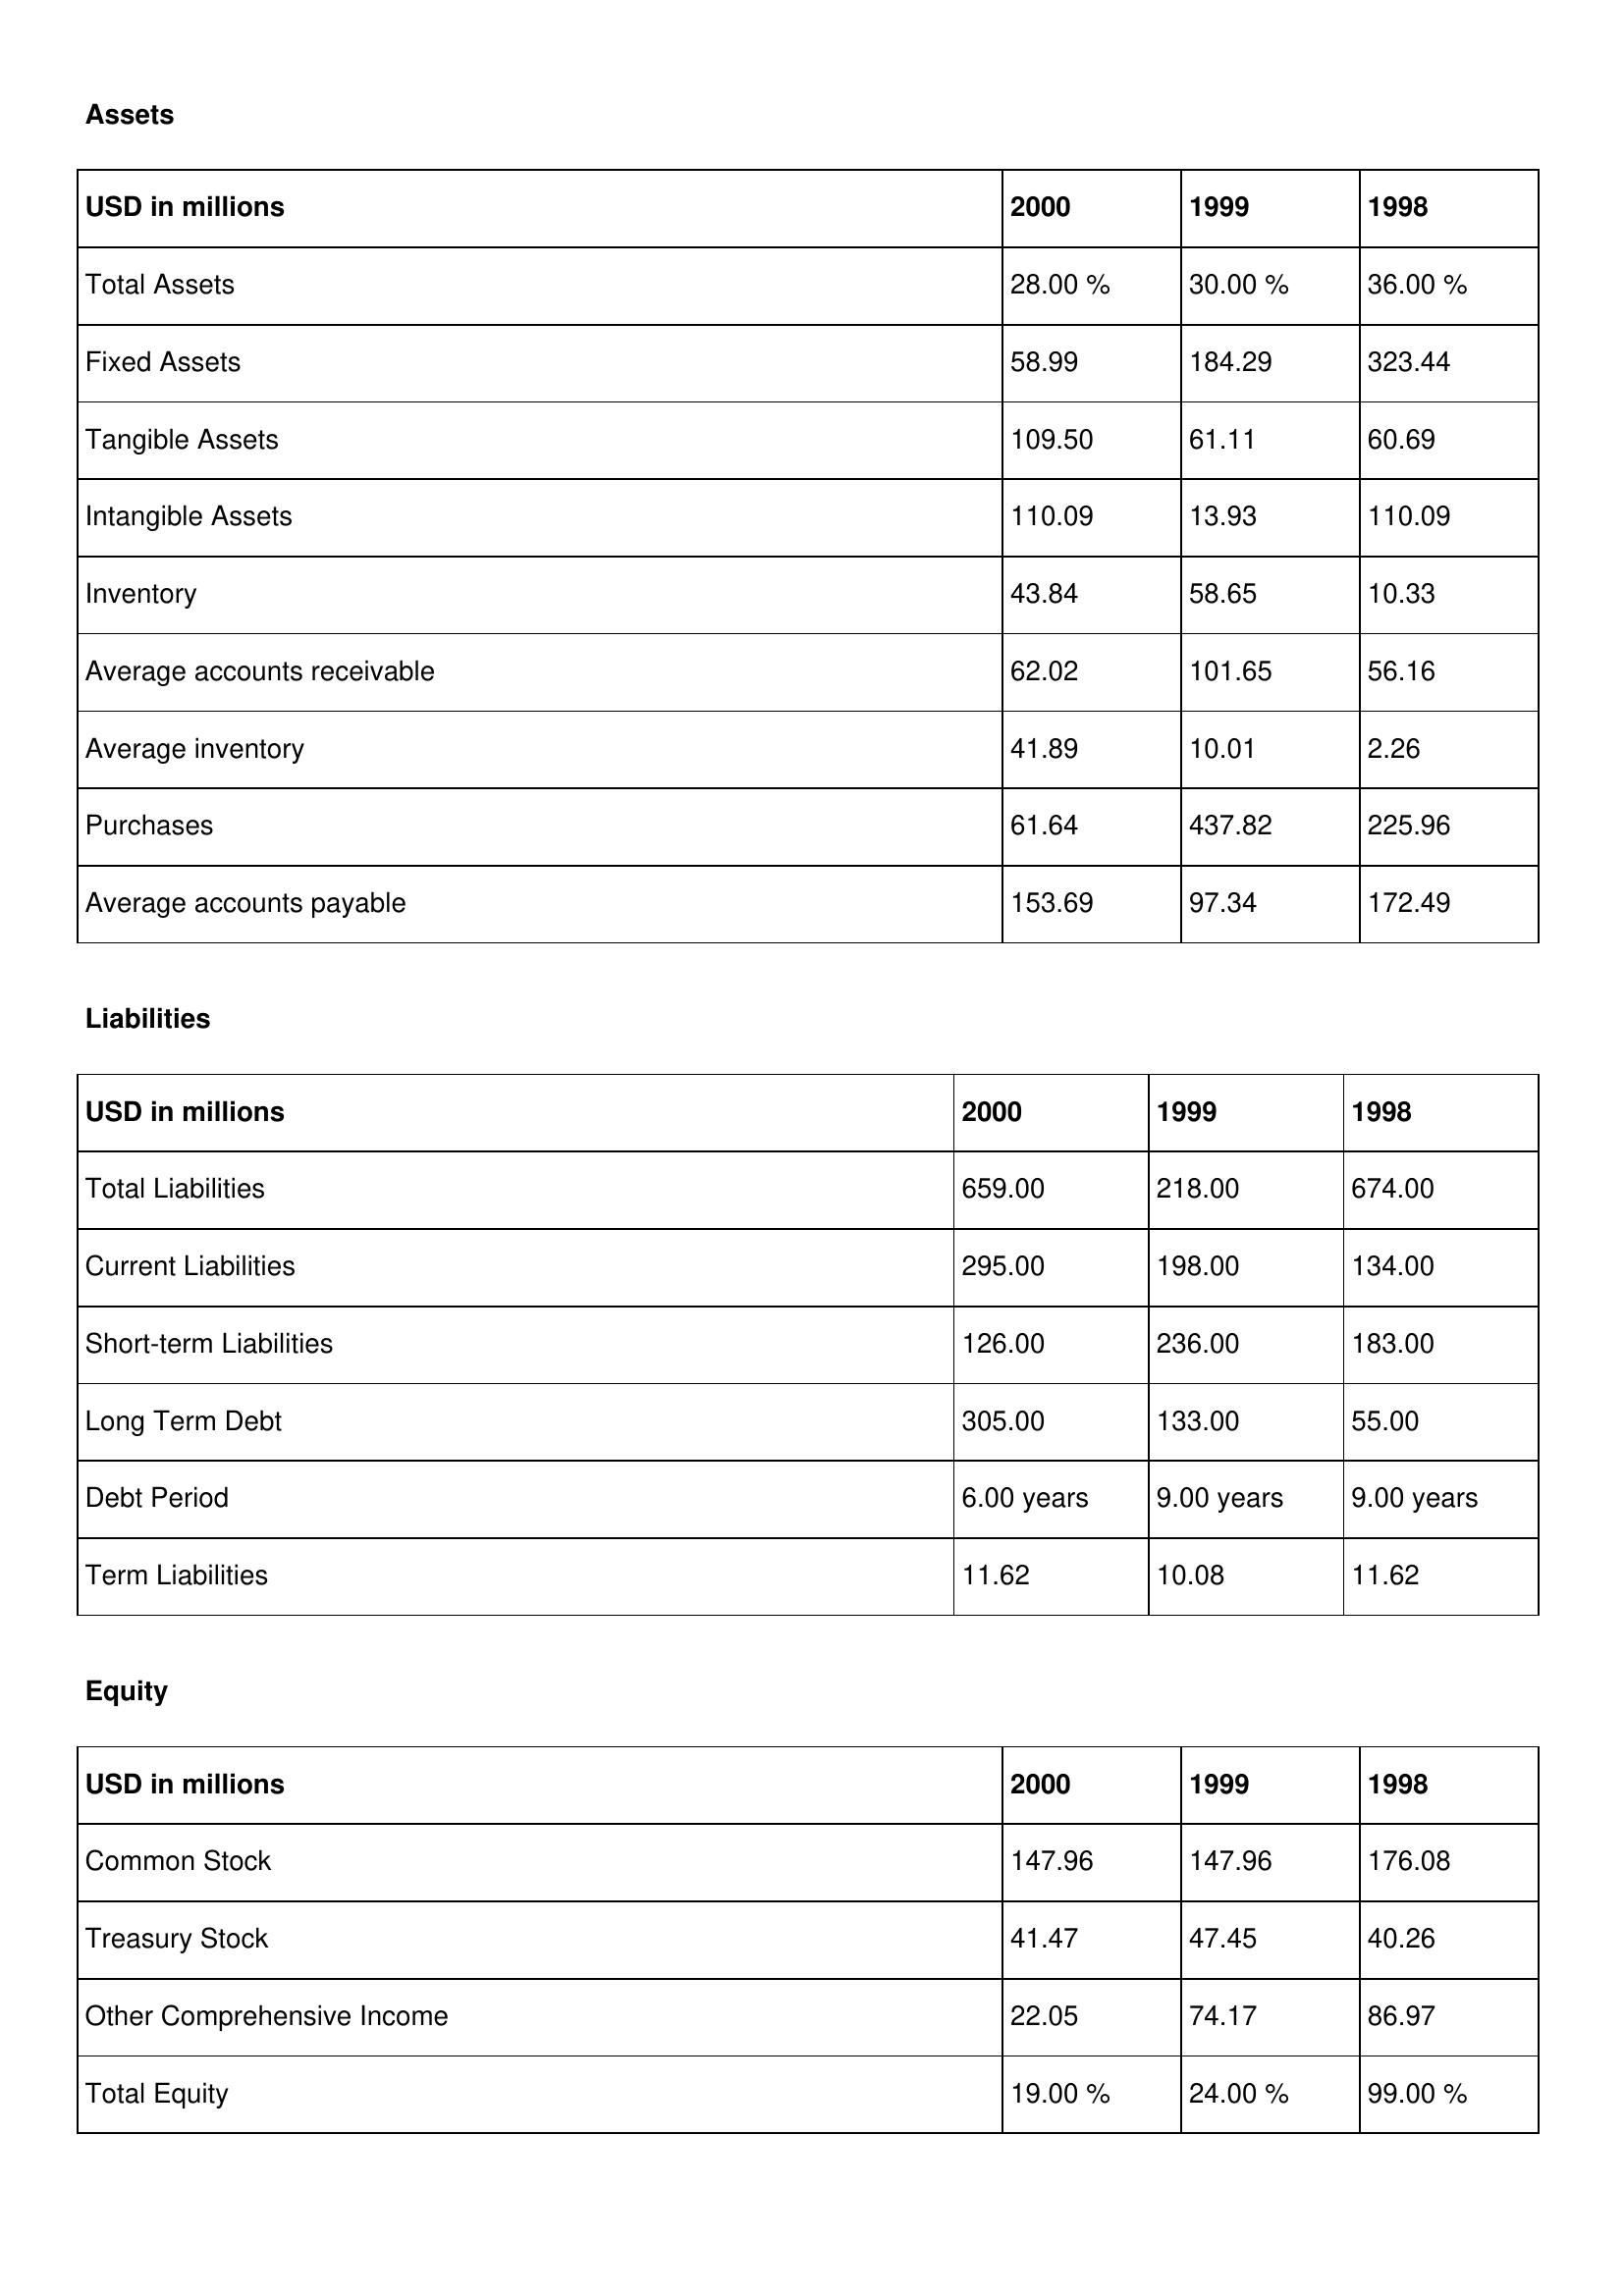
gt_parse: 2000: Assets: Total Assets: 28.00 %
Fixed Assets: 58.99
Tangible Assets: 109.50
Intangible Assets: 110.09
Inventory: 43.84
Average accounts receivable: 62.02
Average inventory: 41.89
Purchases: 61.64
Average accounts payable: 153.69
Liabilities: Total Liabilities: 659.00
Current Liabilities: 295.00
Short-term Liabilities: 126.00
Long Term Debt: 305.00
Debt Period: 6.00 years
Term Liabilities: 11.62
Equity: Common Stock: 147.96
Treasury Stock: 41.47
Other Comprehensive Income: 22.05
Total Equity: 19.00 %
1999: Assets: Total Assets: 30.00 %
Fixed Assets: 184.29
Tangible Assets: 61.11
Intangible Assets: 13.93
Inventory: 58.65
Average accounts receivable: 101.65
Average inventory: 10.01
Purchases: 437.82
Average accounts payable: 97.34
Liabilities: Total Liabilities: 218.00
Current Liabilities: 198.00
Short-term Liabilities: 236.00
Long Term Debt: 133.00
Debt Period: 9.00 years
Term Liabilities: 10.08
Equity: Common Stock: 147.96
Treasury Stock: 47.45
Other Comprehensive Income: 74.17
Total Equity: 24.00 %
1998: Assets: Total Assets: 36.00 %
Fixed Assets: 323.44
Tangible Assets: 60.69
Intangible Assets: 110.09
Inventory: 10.33
Average accounts receivable: 56.16
Average inventory: 2.26
Purchases: 225.96
Average accounts payable: 172.49
Liabilities: Total Liabilities: 674.00
Current Liabilities: 134.00
Short-term Liabilities: 183.00
Long Term Debt: 55.00
Debt Period: 9.00 years
Term Liabilities: 11.62
Equity: Common Stock: 176.08
Treasury Stock: 40.26
Other Comprehensive Income: 86.97
Total Equity: 99.00 %